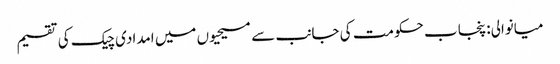
میانوالی: پنجاب حکومت کی جانب سے مسیحیوں میں امدادی چیک کی تقسیم